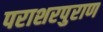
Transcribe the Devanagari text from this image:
पराशरपुराण